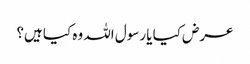
عرض کیا یا رسول اللہ وہ کیا ہیں؟